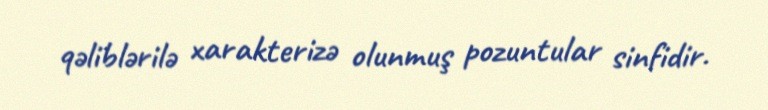
qəliblərilə xarakterizə olunmuş pozuntular sinfidir.